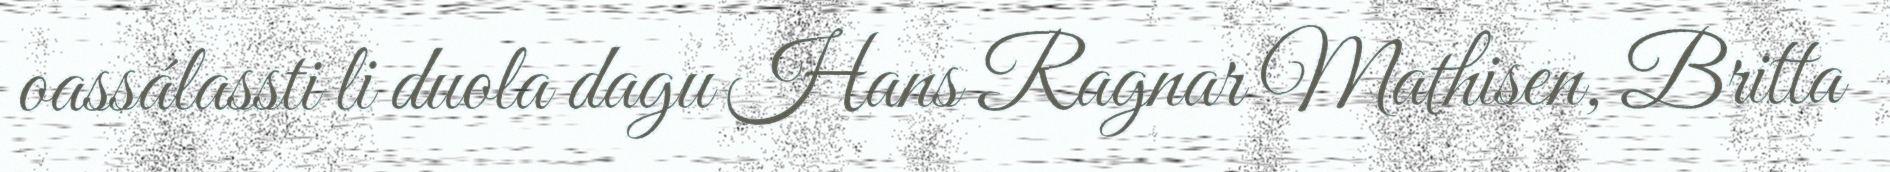
oassálassti li duola dagu Hans Ragnar Mathisen, Britta